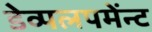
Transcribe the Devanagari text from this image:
डेव्पलपमेंन्ट